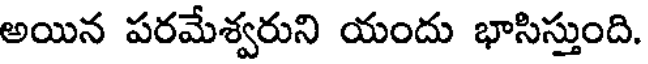
అయిన పరమేశ్వరుని యందు భాసిస్తుంది.